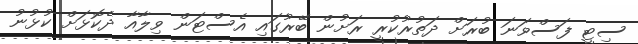
ސިޓީ ފަސްވަނަ ބުރަށް ދަތުރުކުރީ ރަށުން ބޭރުގައި އެސްޓަން ވިލާއާ ދެކޮޅަށް ކުޅުނު